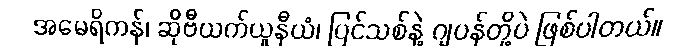
အမေရိကန်၊ ဆိုဗီယက်ယူနီယံ၊ ပြင်သစ်နဲ့ ဂျပန်တို့ပဲ ဖြစ်ပါတယ်။